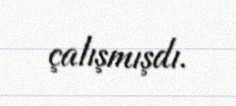
çalışmışdı.